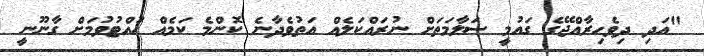
"އަދި ދިވެހިރާއްޖޭގެ ގައުމީ ސަލާމަތަށް ނުރައްކަލެއް އަތުވެދާނެ ކޮންމެ ކަމެއް ހުއްޓުވުމަށް ގާނޫނީ